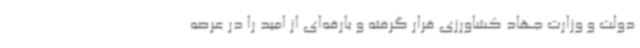
دولت و وزارت جهاد کشاورزی قرار گرفته و بارقه‌ای از امید را در عرصه